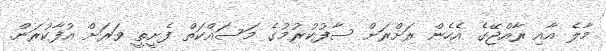
މާލެ އާއި ރާއްޖޭގެ އެހެން ރަށްރަށް ސާފުކުރުމުގެ މަސައްކަތް ފެށީތީ ވަރަށް އުފާކުރަން.